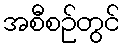
အစီစဉ်တွင်